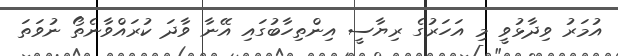
އުމަރު ވިދާޅުވީ މި އަހަރުގެ ރިޔާސީ އިންތިހާބުގައި އޭނާ ވާދަ ކުރައްވާނެތޯ ނުވަތަ